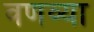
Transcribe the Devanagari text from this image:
वणव्या